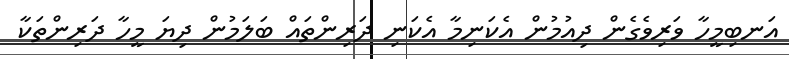
އަނބިމީހާ ވަރިވެގެން ދިއުމުން އެކަނިމާ އެކަނި ދަރިންތައް ބަލަމުން ދިޔަ މީހާ ދަރިންތަކާ